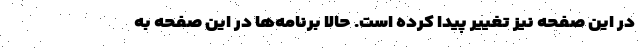
در این صفحه نیز تغییر پیدا کرده است. حالا برنامه‌ها در این صفحه به